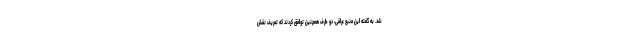
شد. به گفته این منبع عراقی، دو طرف همچنین توافق کردند که تعریف نقش